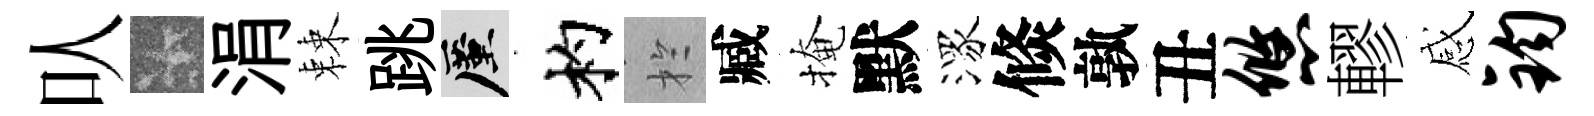
㕥卡涓棘跳厪杓扵臧掩默潈倐孰丑悠轇感钧